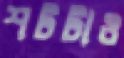
শটটাও